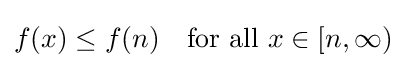
f(x)\leq f(n)\quad {\text{for all }}x\in [n,\infty )